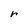
Character: r